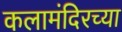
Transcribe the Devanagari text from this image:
कलामंदिरच्या